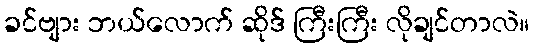
ခင်ဗျား ဘယ်လောက် ဆိုဒ် ကြီးကြီး လိုချင်တာလဲ။